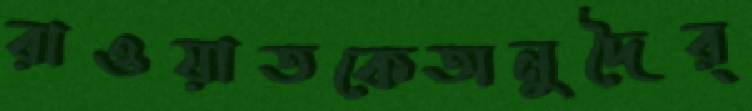
রাওয়াতকেঅনুদৈর্